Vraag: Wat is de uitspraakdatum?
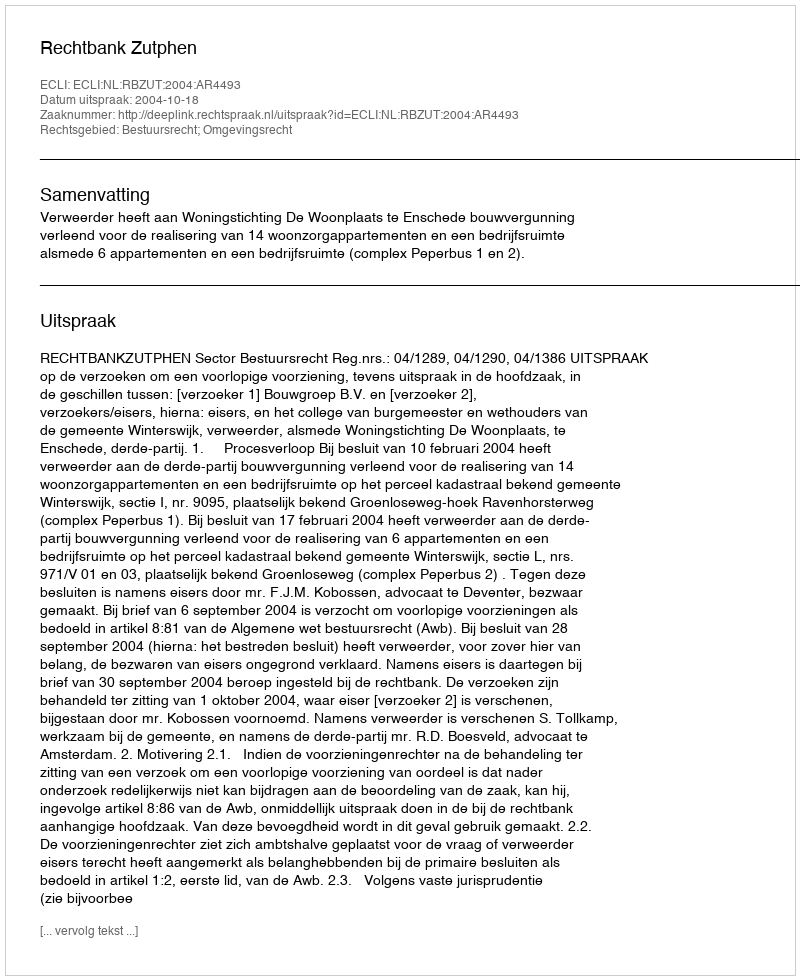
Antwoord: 2004-10-18